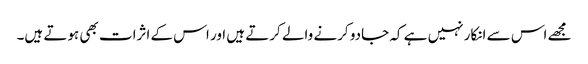
مجھے اس سے انکار نہیں ہے کہ جادو کرنے والے کرتے ہیں اور اس کے اثرات بھی ہوتے ہیں۔